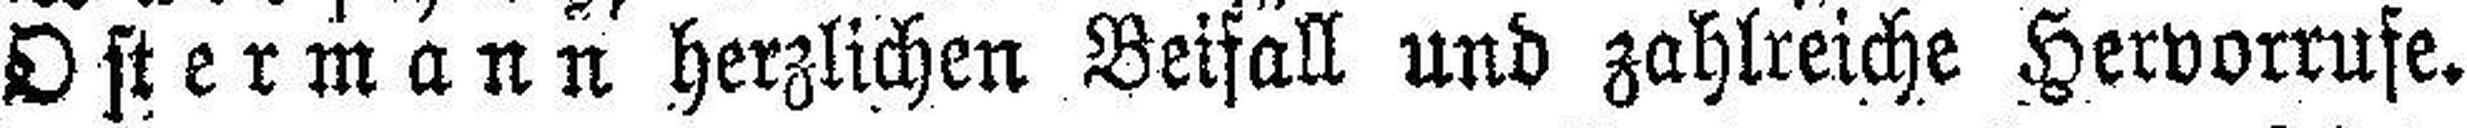
Ostermann herzlichen Beifall und zahlreiche Hervorrufe.